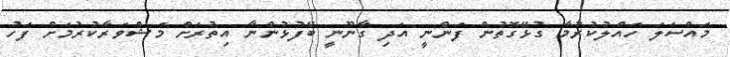
މައްސަލަ ހައްލުކުރުމާ ގުޅޭގޮތުން ފަންނީ އަދި ގާނޫނީ ބޭފުޅުންނާ އިތުރަށް މަޝްވަރާކުރުމަށް ފަހު